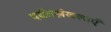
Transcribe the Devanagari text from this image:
पर्वतश्रंखलाएँ